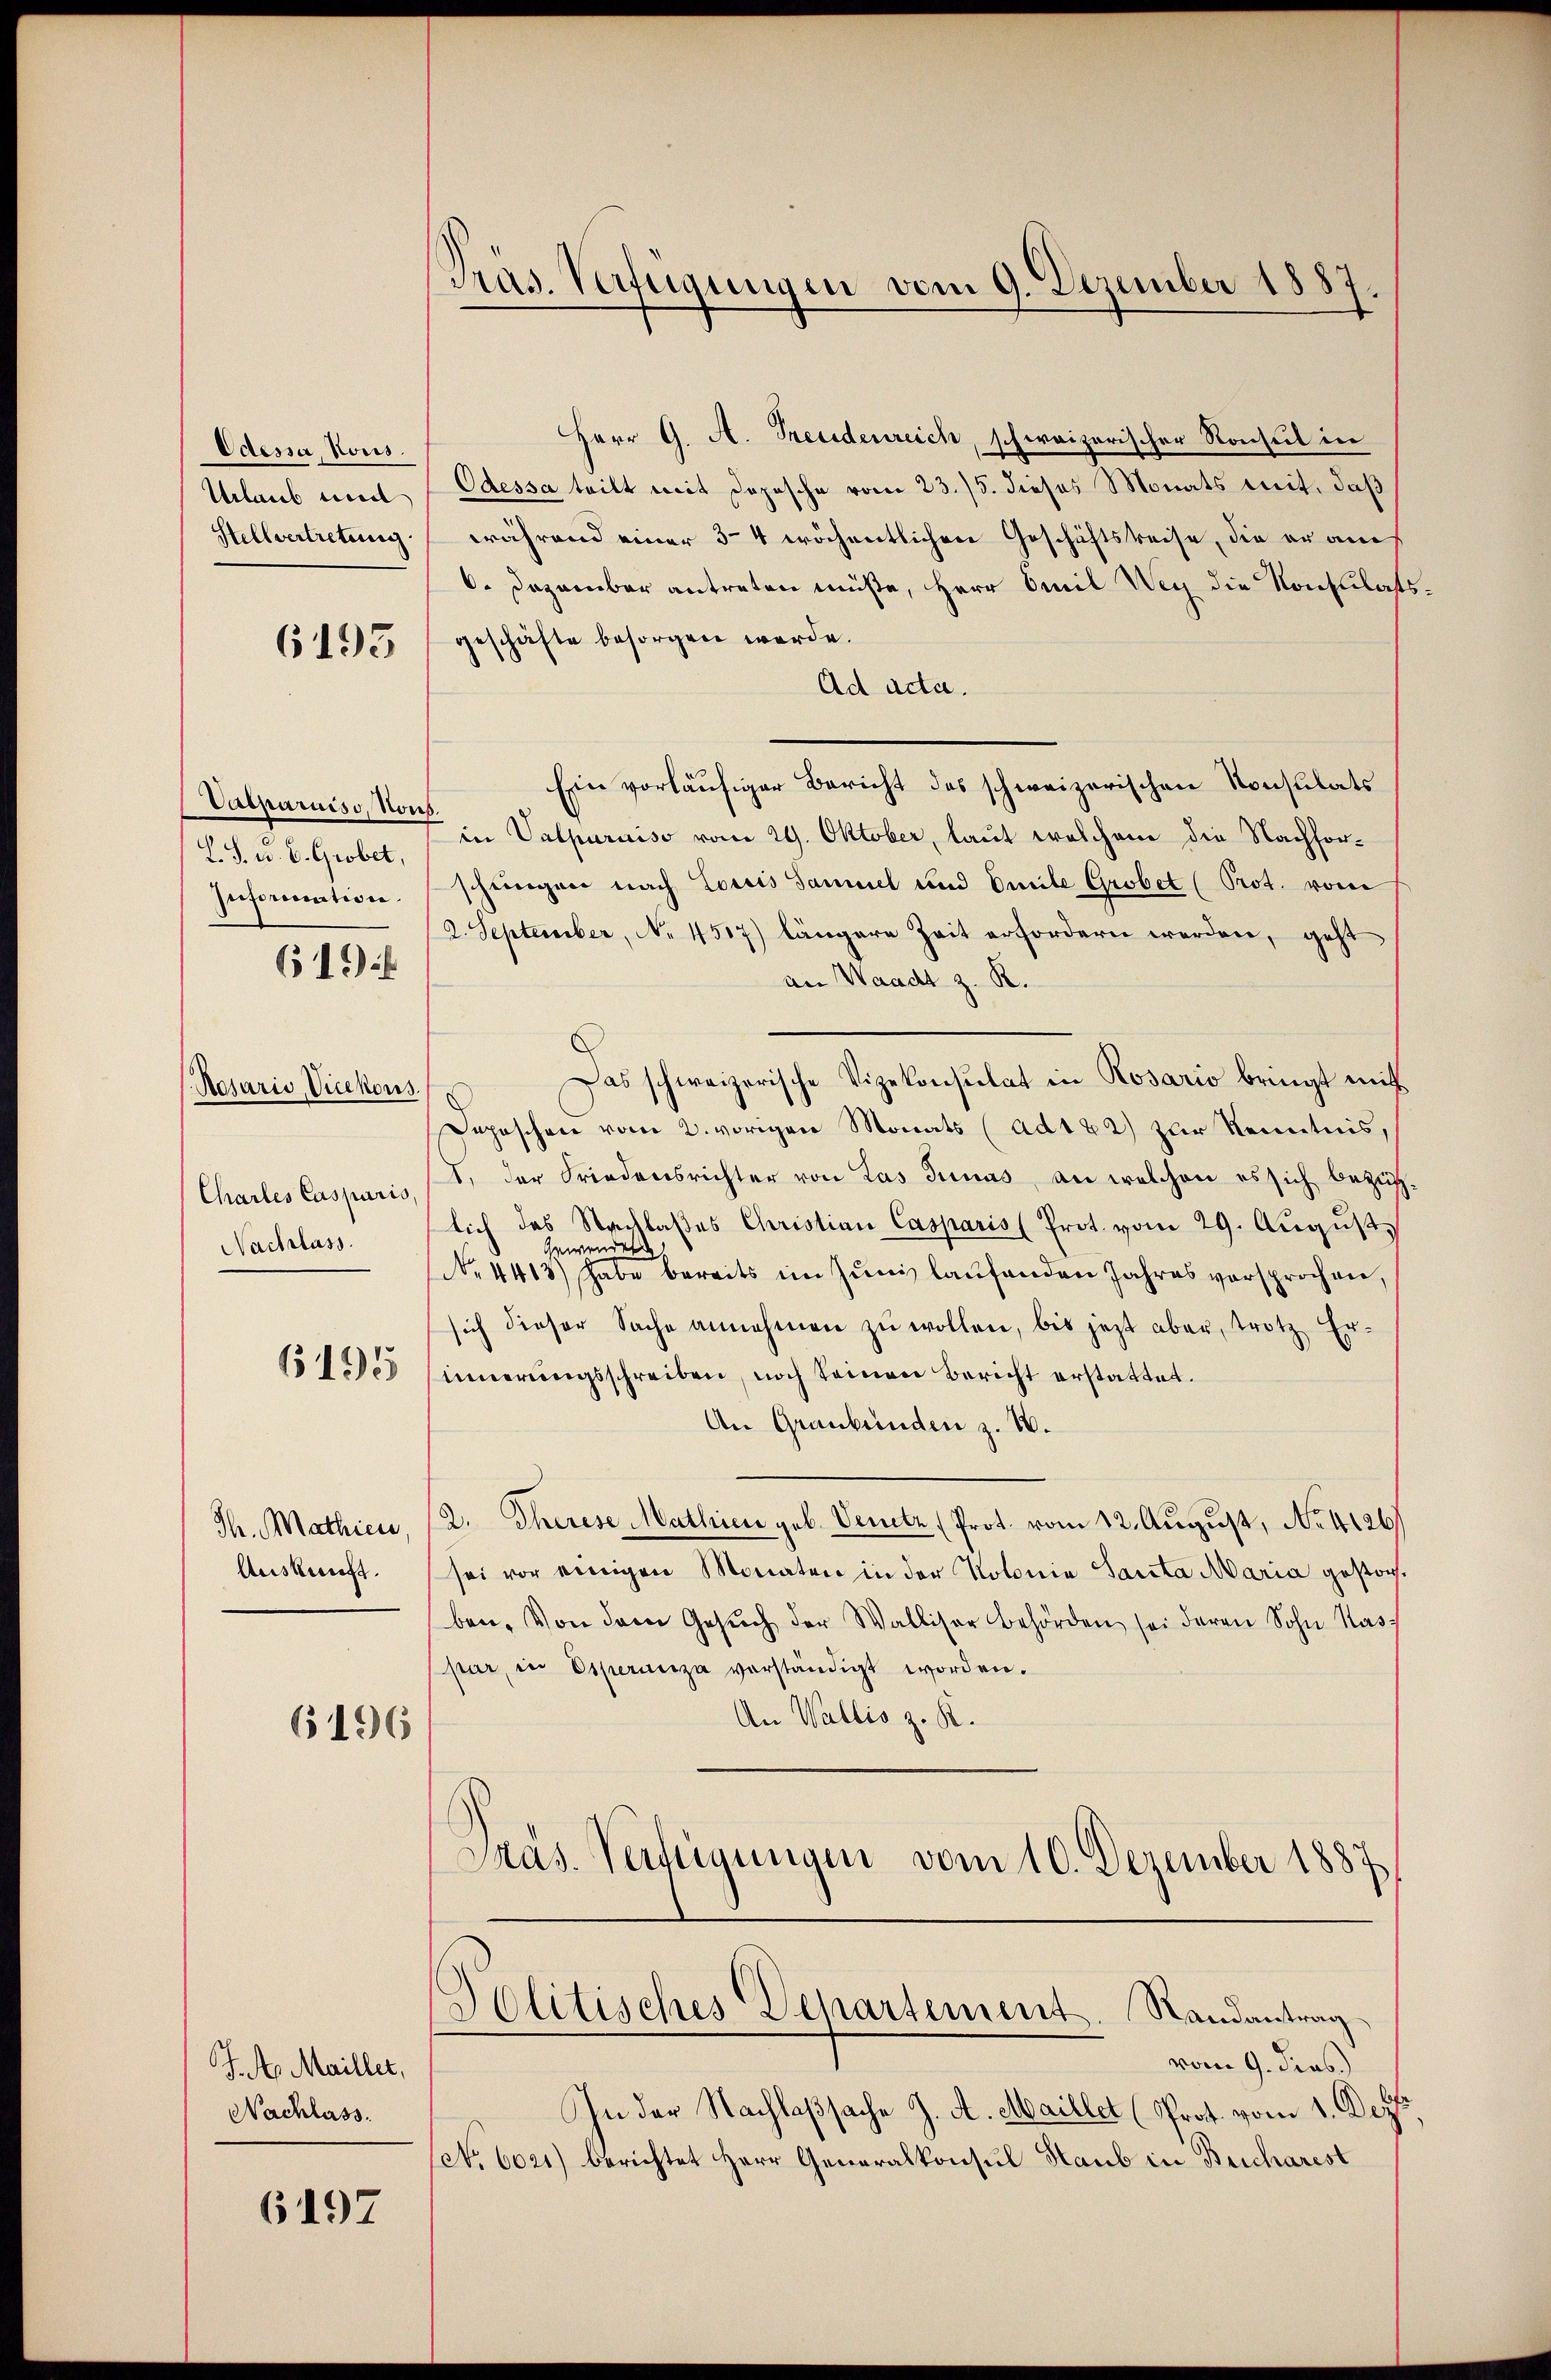
Odesser, Kons.
Urlaub und
Stellvertretung

Vatparniss, Kons.
L.S. v. E. Grobet,
Information.
619

6193

(Resaris, Vicekons
Charles Casparis,
Nachlass.

1195

Th. Mathien,
Auskunft.

6196

Ph. A. Mailler,
Nachlass.

6197

Präs. Verfügungen vom 9. Dezember 1887.

Herr G. A. Fresidenreich, schweizerischer Konseil in
Odessa teilt mit Depesche vom 23./5. dieses Monats mit, daß
während einer 3-4 wöchentlichen Geschäftsreise, die er auch
6. Dezember antreten müße, Herr Emil Weg die Konsulass
geschäfte besorgen werde.
Ad acta.
Ein vorläufiger Bericht des schweizerischen Konsulats
in Valpuruiso vom 29. Oktober, laut welchem die Nachforschungen nach Loris Samuel und Emile Grobet (Prot. vom
2. September, No. 4517) längere Zeit erfordern werden, geht
an Waadt z. R.
Das schweizerische Vizekonsulat in Rosario bringt mit
Depeschen vom 2. vorigen Monats (ad 122) zur Kenntnis,
I. der Friedensrichter von Las Junas, an welchen es sich bezüglich das Nachlaßes Christian Casparis (Prot. vom 29. August,
Gewendet
No 4413) habe bereits im Juni laŭfenden Jahres versprochen,
sich dieser Sache annehmen zŭ wollen, bis jetzt aber, trotz Er-
innerungsschreiben, noch keinen Bericht erstattet.
An Graubünden z. B.
2. Therese Mathien geb. Venetz (Prot. vom 12. August, No. 4126.
sei vor einigen Monaten in der Kolonia Sanita Maria gestorben. Von dem Gesŭch der Walliser Behörden sei daran Sohn Maspar, in Esperina vorständigt worden.
An Wallis z. R.
Präs. Verfügungen vom 10. Dezember 1887
Politisches Departement. Randantrag
vom 9. dens.)
In der Nachlaßsache J. A. Maillet (Prot. vom 1. Dezt.
(NNo. 6021) berichtet Herr Generalkonsul Haub in Beicharest